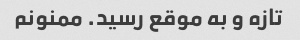
تازه و به موقع رسید. ممنونم